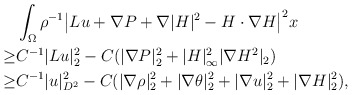
\begin{align*}&\int_{\Omega}\rho^{-1}\big|Lu+\nabla P+\nabla |H|^2-H \cdot \nabla H\big|^2x\\\geq& C^{-1}|Lu|^2_2-C(|\nabla P|^2_2+|H|^2_{\infty}|\nabla H^2|_2)\\\geq& C^{-1}|u|^2_{D^2}-C(|\nabla \rho|^2_2+|\nabla \theta|^2_2+|\nabla u|^2_2+|\nabla H|^2_2),\end{align*}